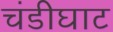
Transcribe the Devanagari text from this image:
चंडीघाट